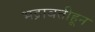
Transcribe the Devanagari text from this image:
भद्रावतीहून